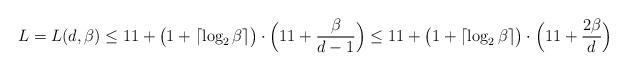
LaTeX: \begin{align*} L = L(d,\beta) \leq 11 + \big(1 + \lceil \log_2 \beta \rceil \big) \cdot \Big(11 + \frac{\beta}{d-1}\Big) \leq 11 + \big(1 + \lceil \log_2 \beta \rceil \big) \cdot \Big(11 + \frac{2\beta}{d}\Big)\end{align*}